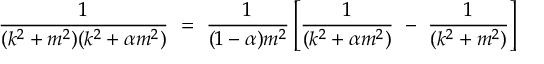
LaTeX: \frac { 1 } { ( k ^ { 2 } + m ^ { 2 } ) ( k ^ { 2 } + \alpha m ^ { 2 } ) } ~ = ~ \frac { 1 } { ( 1 - \alpha ) m ^ { 2 } } \left[ \frac { 1 } { ( k ^ { 2 } + \alpha m ^ { 2 } ) } ~ - ~ \frac { 1 } { ( k ^ { 2 } + m ^ { 2 } ) } \right]